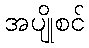
အပျိုစင်